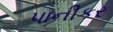
પાનીકર